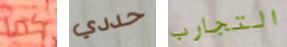
كما حددي التجارب